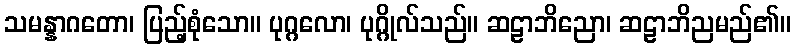
သမန္နာဂတော၊ ပြည့်စုံသော။ ပုဂ္ဂလော၊ ပုဂ္ဂိုလ်သည်။ ဆဠာဘိညော၊ ဆဠာဘိညမည်၏။